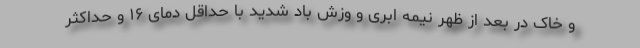
و خاک در بعد از ظهر نیمه ابری و وزش باد شدید با حداقل دمای ۱۶ و حداکثر